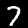
Digit: 7